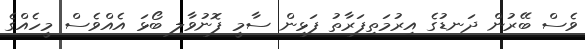
ވެސް ބޭރުން ދަނޑުގެ އިރުމަތިފަރާތު ފަޅިން ސާމީ ފޮނުވާލި ބޯޅަ އެއްވެސް މީހެއްގެ